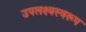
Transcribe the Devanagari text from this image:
उपलक्ष्यस्वरूप